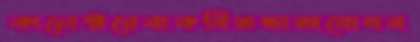
কালেক্টরেবাকবিতন্ডাঅযোগব